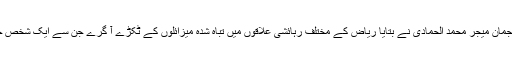
ریاض کے شہری دفاع کے ترجمان میجر محمد الحمادی نے بتایا ریاض کے مختلف رہائشی علاقوں میں تباہ شدہ میزائلوں کے ٹکڑے آ گرے جن سے ایک شخص جاں بحق اور دو زخمی ہو گئے۔